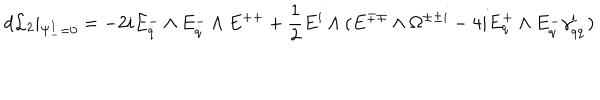
LaTeX: d { \cal L } _ { 2 } \vert _ { \Psi _ { - } ^ { I } = 0 } = - 2 i E _ { \dot { q } } ^ { - } \wedge E _ { \dot { q } } ^ { - } \wedge E ^ { + + } + { \frac { 1 } { 2 } } E ^ { i } \wedge ( E ^ { \mp \mp } \wedge \Omega ^ { \pm \pm i } - 4 i E _ { q } ^ { + } \wedge E _ { \dot { q } } ^ { - } \gamma _ { q \dot { q } } ^ { i } )